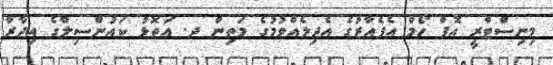
މިނިސްޓްރީ އޮފް ހޯމް އެފެއާޒުގެ އެދިލެއްވުމުގެ މަތިން ދ. އަތޮޅު ކައުންސިލްގެ އިދާރާ